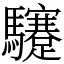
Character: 䮿